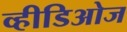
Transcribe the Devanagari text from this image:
व्हीडिओज